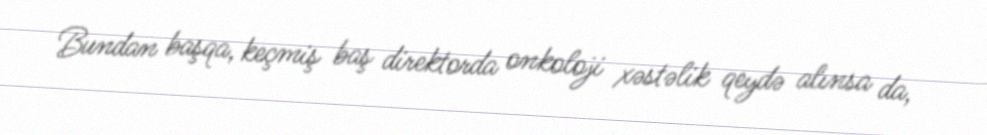
Bundan başqa, keçmiş baş direktorda onkoloji xəstəlik qeydə alınsa da,